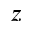
z